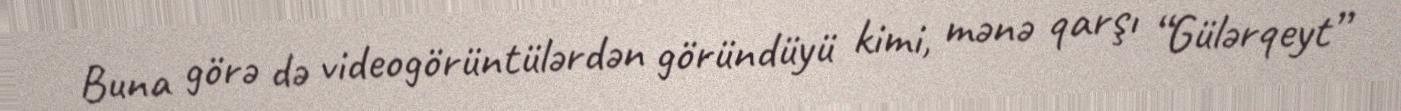
Buna görə də videogörüntülərdən göründüyü kimi, mənə qarşı “Gülərqeyt”